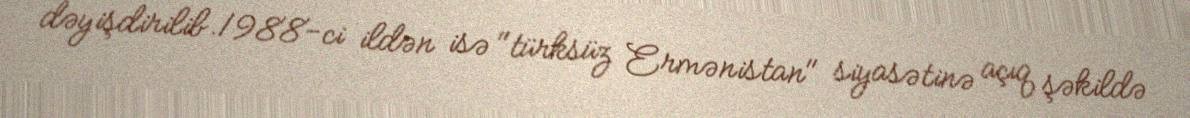
dəyişdirilib.1988-ci ildən isə "türksüz Ermənistan" siyasətinə açıq şəkildə